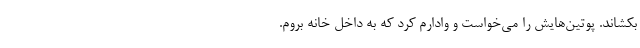
بکشاند. پوتین‌هایش را می‌خواست و وادارم کرد که به داخل خانه بروم.